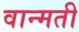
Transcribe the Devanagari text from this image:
वान्मती